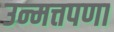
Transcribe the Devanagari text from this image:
उन्मत्तपणा